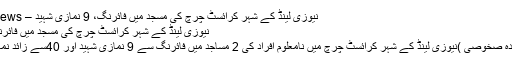
نیوزی لینڈ کے شہر کرائسٹ چرچ کی مسجد میں فائرنگ، 9 نمازی شہید – Power Plus News
نیوزی لینڈ کے شہر کرائسٹ چرچ کی مسجد میں فائرنگ، 9 نمازی شہید
کرائسٹ چرچ(نمائندہ صخوصی )نیوزی لینڈ کے شہر کرائسٹ چرچ میں نامعلوم افراد کی 2 مساجد میں فائرنگ سے 9 نمازی شہید اور 40سے زائد نمازی زخمی ہوگئے۔